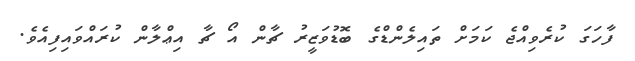
ފާހަގަ ކުރެވިއްޖެ ކަމަށް ތައިލެންޑްގެ ބޮޑުވަޒީރު ޗާން އޯ ޗާ އިޢްލާން ކުރައްވައިފިއެވެ.